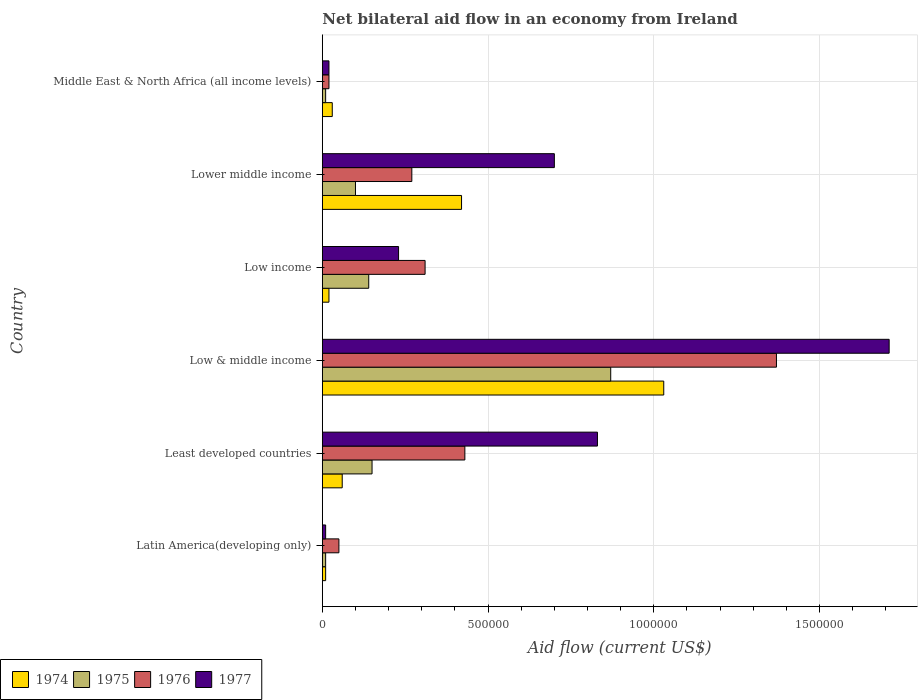
| Country | 1974 | 1975 | 1976 | 1977 |
 | --- | --- | --- | --- | --- |
 | Latin America(developing only) | 1e+04 | 1e+04 | 5e+04 | 1e+04 |
 | Least developed countries | 6e+04 | 1.5e+05 | 4.3e+05 | 8.3e+05 |
 | Low & middle income | 1.03e+06 | 8.7e+05 | 1.37e+06 | 1.71e+06 |
 | Low income | 2e+04 | 1.4e+05 | 3.1e+05 | 2.3e+05 |
 | Lower middle income | 4.2e+05 | 1e+05 | 2.7e+05 | 7e+05 |
 | Middle East & North Africa (all income levels) | 3e+04 | 1e+04 | 2e+04 | 2e+04 |